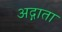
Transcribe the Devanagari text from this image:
अद्गाता